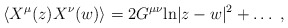
\begin{align*}\langle X^\mu(z) X^\nu(w) \rangle = 2G^{\mu\nu}{\rm ln}|z-w|^2 + \dots~,\end{align*}